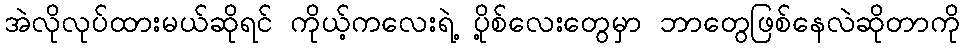
အဲလိုလုပ်ထားမယ်ဆိုရင် ကိုယ့်ကလေးရဲ့ ပို့စ်လေးတွေမှာ ဘာတွေဖြစ်နေလဲဆိုတာကို